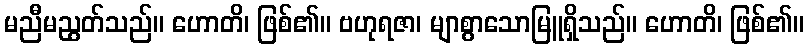
မညီမညွတ်သည်။ ဟောတိ၊ ဖြစ်၏။ ဗဟုရဇာ၊ မျာစွာသောမြူရှိသည်။ ဟောတိ၊ ဖြစ်၏။